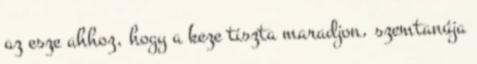
az esze ahhoz, hogy a keze tiszta maradjon, szemtanúja